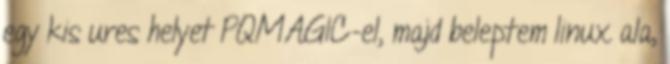
egy kis ures helyet PQMAGIC-el, majd beleptem linux ala,